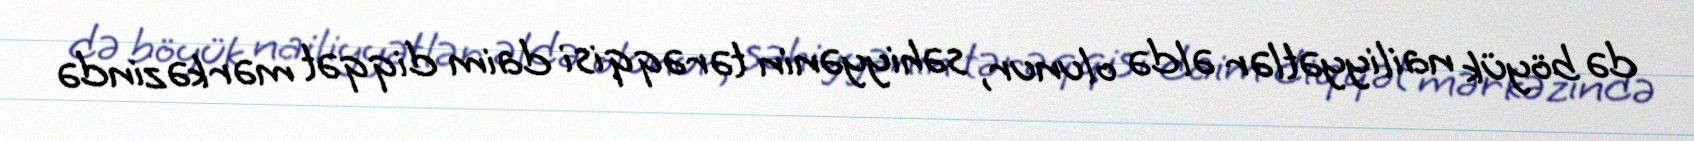
də böyük nailiyyətlər əldə olunur, səhiyyənin tərəqqisi daim diqqət mərkəzində